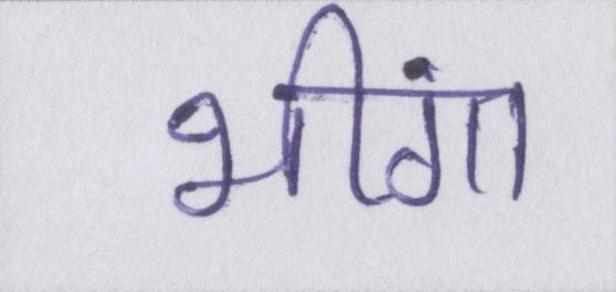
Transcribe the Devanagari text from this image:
भींगा